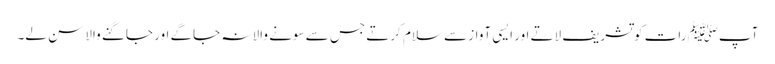
آپﷺ رات کو تشریف لاتے اور ایسی آواز سے سلام کرتے جس سے سونے والا نہ جاگے اور جاگنے والا سن لے۔